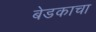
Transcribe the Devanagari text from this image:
बेडकाचा